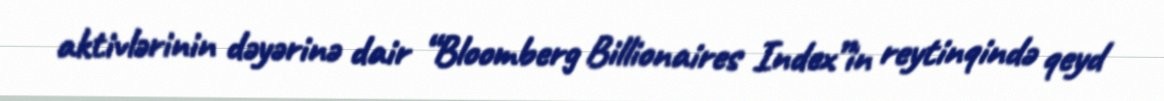
aktivlərinin dəyərinə dair “Bloomberg Billionaires Index”in reytinqində qeyd